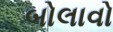
બોલાવો